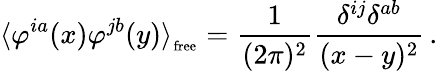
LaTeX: \langle\varphi^{ia}(x)\varphi^{jb}(y)\rangle_{_{\mathrm{free}}}=\frac{1}{(2\pi)^{2}}\frac{\delta^{ij}\delta^{ab}}{(x-y)^{2}}\, .